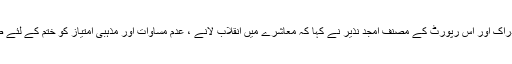
مذکورہ رپورٹ کے نتاءج کو پیش کرتے ہوئے، ایگزیکٹو ڈائریکٹر ، ادراک اور اس رپورٹ کے مصنف امجد نذیر نے کہا کہ معاشرے میں انقلاب لانے ، عدم مساوات اور مذہبی امتیاز کو ختم کے لئے ضروری ہے کہ ہم تعلیم میں بنیادی اصلاحات کے فوری اقدامات کریں ۔